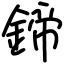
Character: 鍗